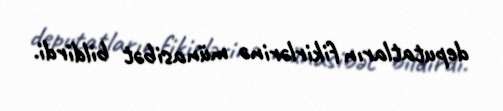
deputatların fikirlərinə münasibət bildirdi.